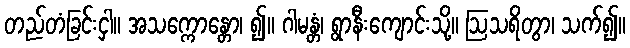
တည်တံခြင်းငှါ။ အသက္ကောန္တော၊ ၍။ ဂါမန္တံ၊ ရွာနီးကျောင်းသို့။ ဩသရိတွာ၊ သက်၍။